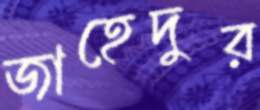
জাহেদুর